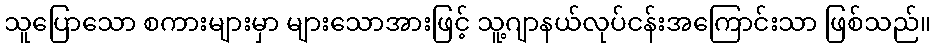
သူပြောသော စကားများမှာ များသောအားဖြင့် သူ့ဂျာနယ်လုပ်ငန်းအကြောင်းသာ ဖြစ်သည်။